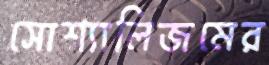
সোশ্যালিজমের